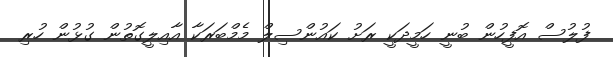
ފުލުސް އޮފީހުން ބުނީ ހަމީދަކީ ރަށު ކައުންސިލް މެމްބަރަކާ އާއިލީގޮތުން ގުޅުން ހުރި